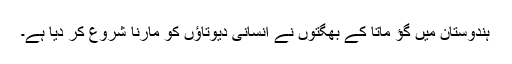
ہندوستان میں گؤ ماتا کے بھگتوں نے انسانی دیوتاؤں کو مارنا شروع کر دیا ہے۔